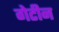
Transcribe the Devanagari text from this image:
गेटीन